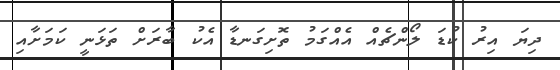
ދިޔަ އިރު ކުޑަ ލޯންޗެއް އެއްގަމު ތޮށިގަނޑާ އެކު ބާރަށް ތަޅަނީ ކަމަށާއި